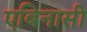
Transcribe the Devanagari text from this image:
एबिनासी